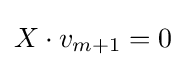
X\cdot v_{m+1}=0